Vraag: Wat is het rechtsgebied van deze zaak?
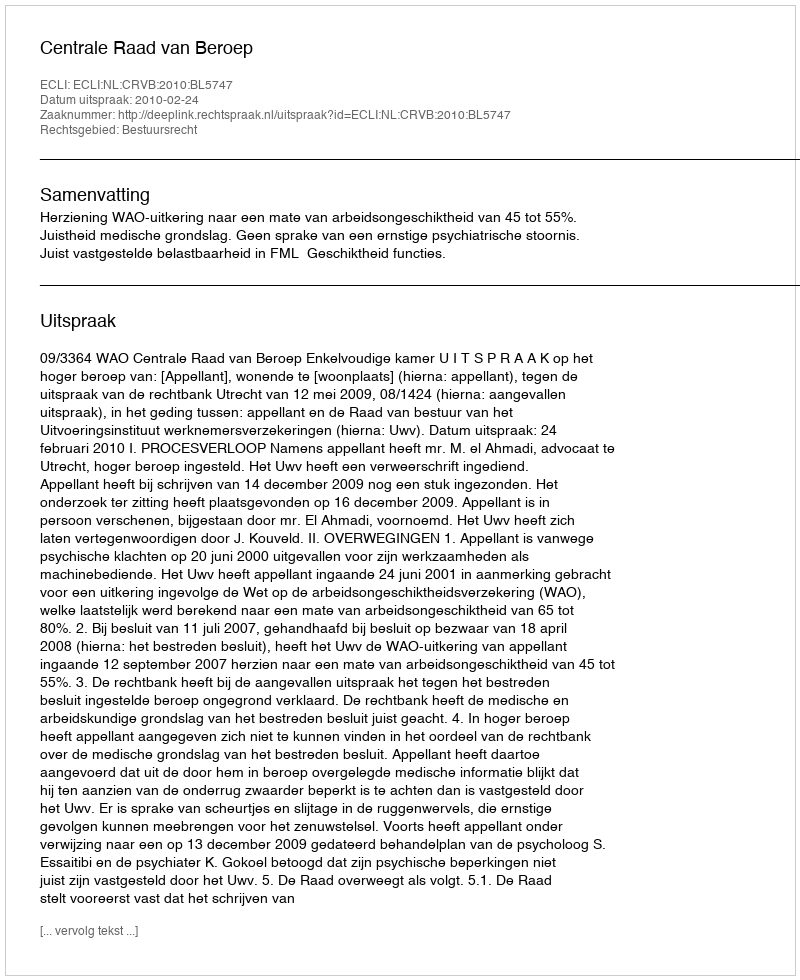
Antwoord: Bestuursrecht